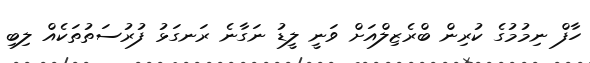
ހާފް ނިމުމުގެ ކުރިން ބްރެޒިލްއަށް ވަނީ ލީޑު ނަގާނެ ރަނގަޅު ފުރުސަތުތަކެއް ލިބި